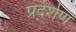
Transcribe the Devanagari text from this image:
प्रदर्शण